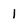
Character: l